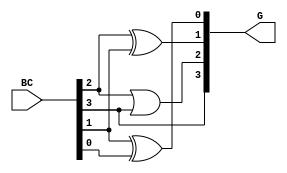
module BCD_to_Gray_conv (BC, G);

input  [3:0]BC;
output [3:0]G;

assign G[3] = BC[3];
assign G[2] = BC[2] | BC[3];
assign G[1] = BC[2] ^ BC[1];
assign G[0] = BC[1] ^ BC[0];

endmodule